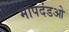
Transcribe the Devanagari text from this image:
मापदंडओ